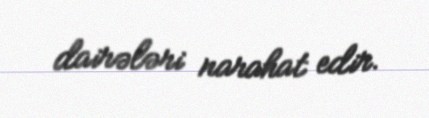
dairələri narahat edir.